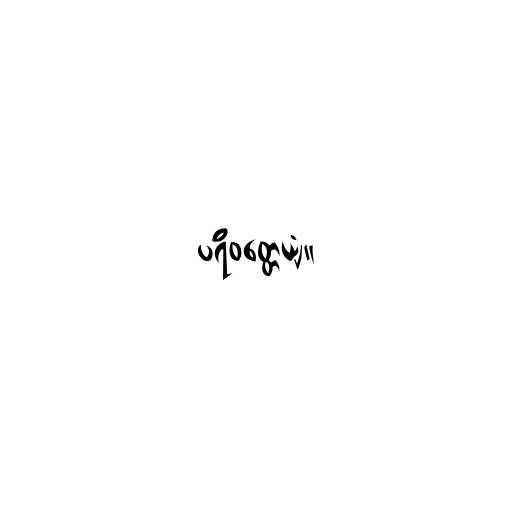
ပရိဝတ္တေယျံ။